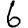
Digit: 6